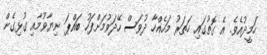
ހަމީދުއެވެ. އެ ގޮތުގައި ހަތަރު މަހެއްހާ ދުވަސް ހޭދަވުމަށްފަހު ބައްޕަ ނިޔާވުމާއި ގުޅިގެން